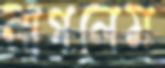
লাগলেম